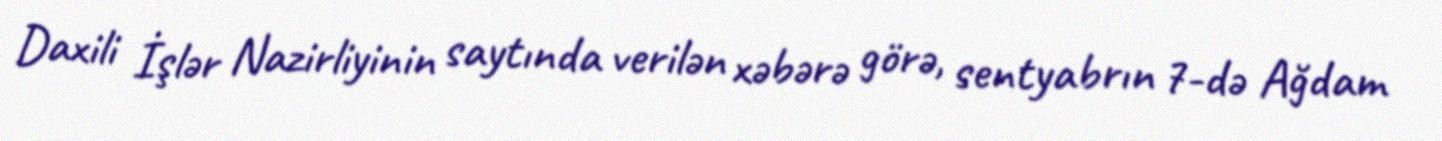
Daxili İşlər Nazirliyinin saytında verilən xəbərə görə, sentyabrın 7-də Ağdam